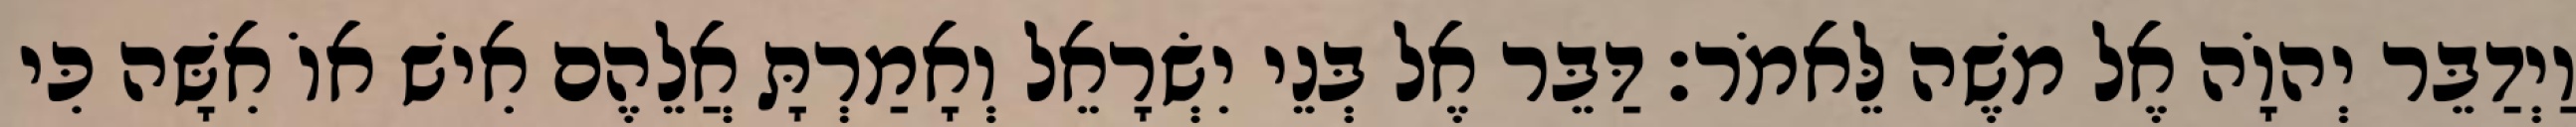
וַיְדַבֵּר יְהוָֹה אֶל משֶׁה לֵּאמֹר׃ דַּבֵּר אֶל בְּנֵי יִשְׂרָאֵל וְאָמַרְתָּ אֲלֵהֶם אִישׁ אוֹ אִשָּׁה כִּי